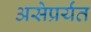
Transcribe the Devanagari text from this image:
असेप्रर्यंत